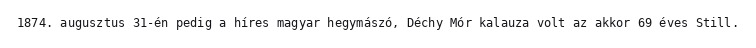
1874. augusztus 31-én pedig a híres magyar hegymászó, Déchy Mór kalauza volt az akkor 69 éves Still.